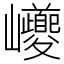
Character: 巙